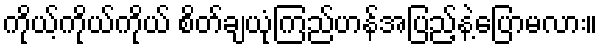
ကိုယ့်ကိုယ်ကိုယ် စိတ်ချယုံကြည်ဟန်အပြည့်နဲ့ပြောမလား။